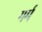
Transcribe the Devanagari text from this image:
गर्म